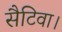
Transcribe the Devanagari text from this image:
सैटिवा।